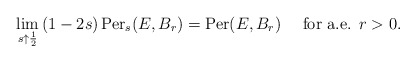
\begin{align*} \lim_{s\uparrow\frac{1}{2}}\,(1-2s)\,\hbox{Per}_s(E,B_r)=\hbox{Per}(E,B_r)\quad\hbox{ for a.e. }r>0.\end{align*}